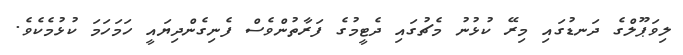
ލިވަޕޫލްގެ ދަނޑުގައި މިރޭ ކުޅުނު މެޗުގައި ދެޓީމުގެ ފަރާތުންވެސް ފެނިގެންދިޔައީ ހަމަހަމަ ކުޅުމެކެވެ.